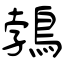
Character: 鵓